Civil Veterinary Department. Madras. Admin. report 1926-33 - 1926-1933
Year: 1926
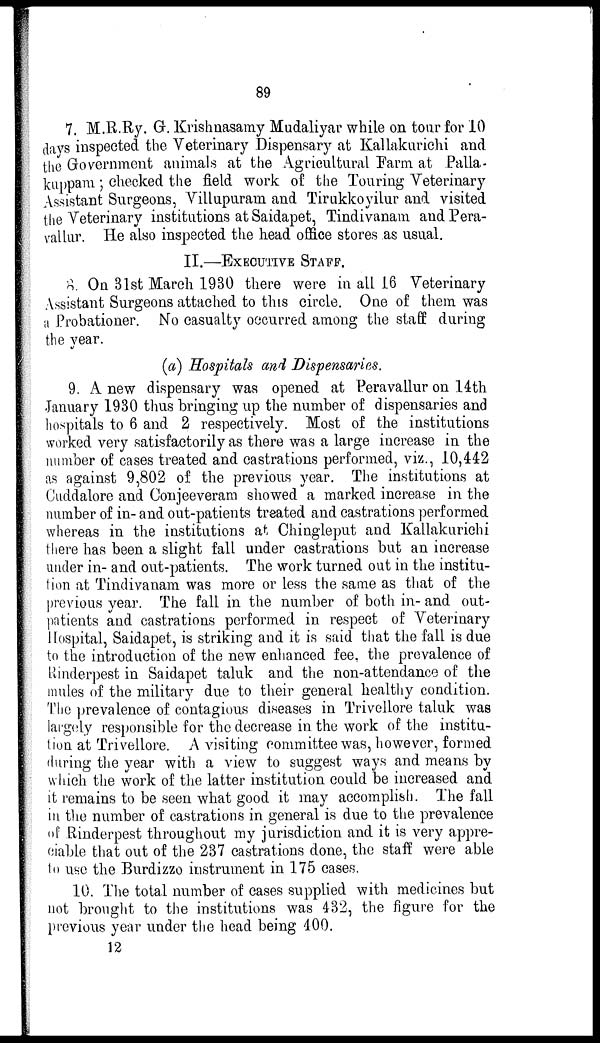
89
7. M.R.Ry. G. Krishnasamy Mudaliyar while on tour for 10
days inspected the Veterinary Dispensary at Kallakurichi and
the Government animals at the Agricultural Farm at Palla-
kuppam; checked the field work of the Touring Veterinary
Assistant Surgeons, Villupuram and Tirukkoyilur and visited
the Veterinary institutions at Saidapet, Tindivanam and Pera-
vallur. He also inspected the head office stores as usual.
II.—EXECUTIVE STAFF.
8. On 31st March 1930 there were in all 16 Veterinary
Assistant Surgeons attached to this circle. One of them was
a Probationer. No casualty occurred among the staff during
the year.
(a) Hospitals and Dispensaries.
9. A new dispensary was opened at Peravallur on 14th
January 1930 thus bringing up the number of dispensaries and
hospitals to 6 and 2 respectively. Most of the institutions
worked very satisfactorily as there was a large increase in the
number of cases treated and castrations performed, viz., 10,442
as against 9,802 of the previous year. The institutions at
Cuddalore and Conjeeveram showed a marked increase in the
number of in- and out-patients treated and castrations performed
whereas in the institutions at Chingleput and Kallakurichi
there has been a slight fall under castrations but an increase
under in- and out-patients. The work turned out in the institu-
tion at Tindivanam was more or less the same as that of the
previous year. The fall in the number of both in- and out-
patients and castrations performed in respect of Veterinary
Hospital, Saidapet, is striking and it is said that the fall is due
to the introduction of the new enhanced fee, the prevalence of
Rinderpest in Saidapet taluk and the non-attendance of the
mules of the military due to their general healthy condition.
The prevalence of contagious diseases in Trivellore taluk was
largely responsible for the decrease in the work of the institu-
tion at Trivellore. A visiting committee was, however, formed
during the year with a view to suggest ways and means by
which the work of the latter institution could be increased and
it remains to be seen what good it may accomplish. The fall
in the number of castrations in general is due to the prevalence
of Rinderpest throughout my jurisdiction and it is very appre-
ciable that out of the 237 castrations done, the staff were able
to use the Burdizzo instrument in 175 cases.
10. The total number of cases supplied with medicines but
not brought to the institutions was 432, the figure for the
previous year under the head being 400.
12